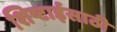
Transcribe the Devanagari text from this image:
शिष्टाईसाठी